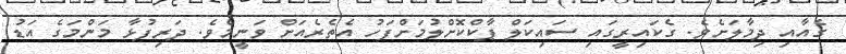
ގެއާއި ދިމާލަށެވެ. ގެކައިރީގައި ސައިކަލް ޕާކްކޮށްލުމަށްފަހު އެތެރެއަށް ވަނީމެވެ. ދަރިފުޅާ މަންމަގެ އަޑު